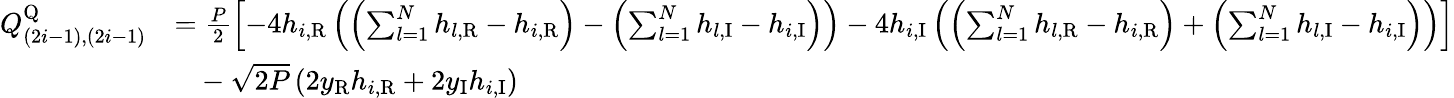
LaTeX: \begin{array}{rl}{Q_{(2i-1),(2i-1)}^{\mathrm{Q}}}&{=\frac{P}{2}\left[-4h_{i,\mathrm{R}}\left(\left(\sum_{l=1}^{N}h_{l,\mathrm{R}}-h_{i,\mathrm{R}}\right)-\left(\sum_{l=1}^{N}h_{l,\mathrm{I}}-h_{i,\mathrm{I}}\right)\right)-4h_{i,\mathrm{I}}\left(\left(\sum_{l=1}^{N}h_{l,\mathrm{R}}-h_{i,\mathrm{R}}\right)+\left(\sum_{l=1}^{N}h_{l,\mathrm{I}}-h_{i,\mathrm{I}}\right)\right)\right]}\\ &{~~~-\sqrt{2P}\left(2y_{\mathrm{R}}h_{i,\mathrm{R}}+2y_{\mathrm{I}}h_{i,\mathrm{I}}\right)}\end{array}